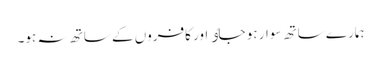
ہمارے ساتھ سوار ہو جاٶ اور کافروں کے ساتھ نہ ہو۔